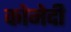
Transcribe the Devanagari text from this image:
कोमेदी